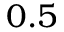
0 . 5